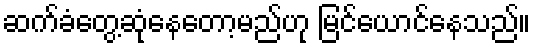
ဆက်ခံတွေ့ဆုံနေတော့မည်ဟု မြင်ယောင်နေသည်။